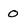
Character: o